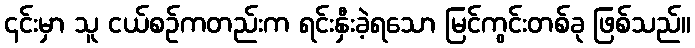
၎င်းမှာ သူ ငယ်စဉ်ကတည်းက ရင်းနှီးခဲ့ရသော မြင်ကွင်းတစ်ခု ဖြစ်သည်။